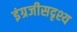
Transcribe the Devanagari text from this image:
इंग्रजीसदृश्य